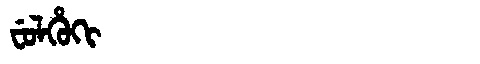
Manchu: ᠸᡠᠯᡥᡠᡴᡳ
Romanization: FULHUKI